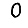
Digit: 0